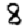
Digit: 8